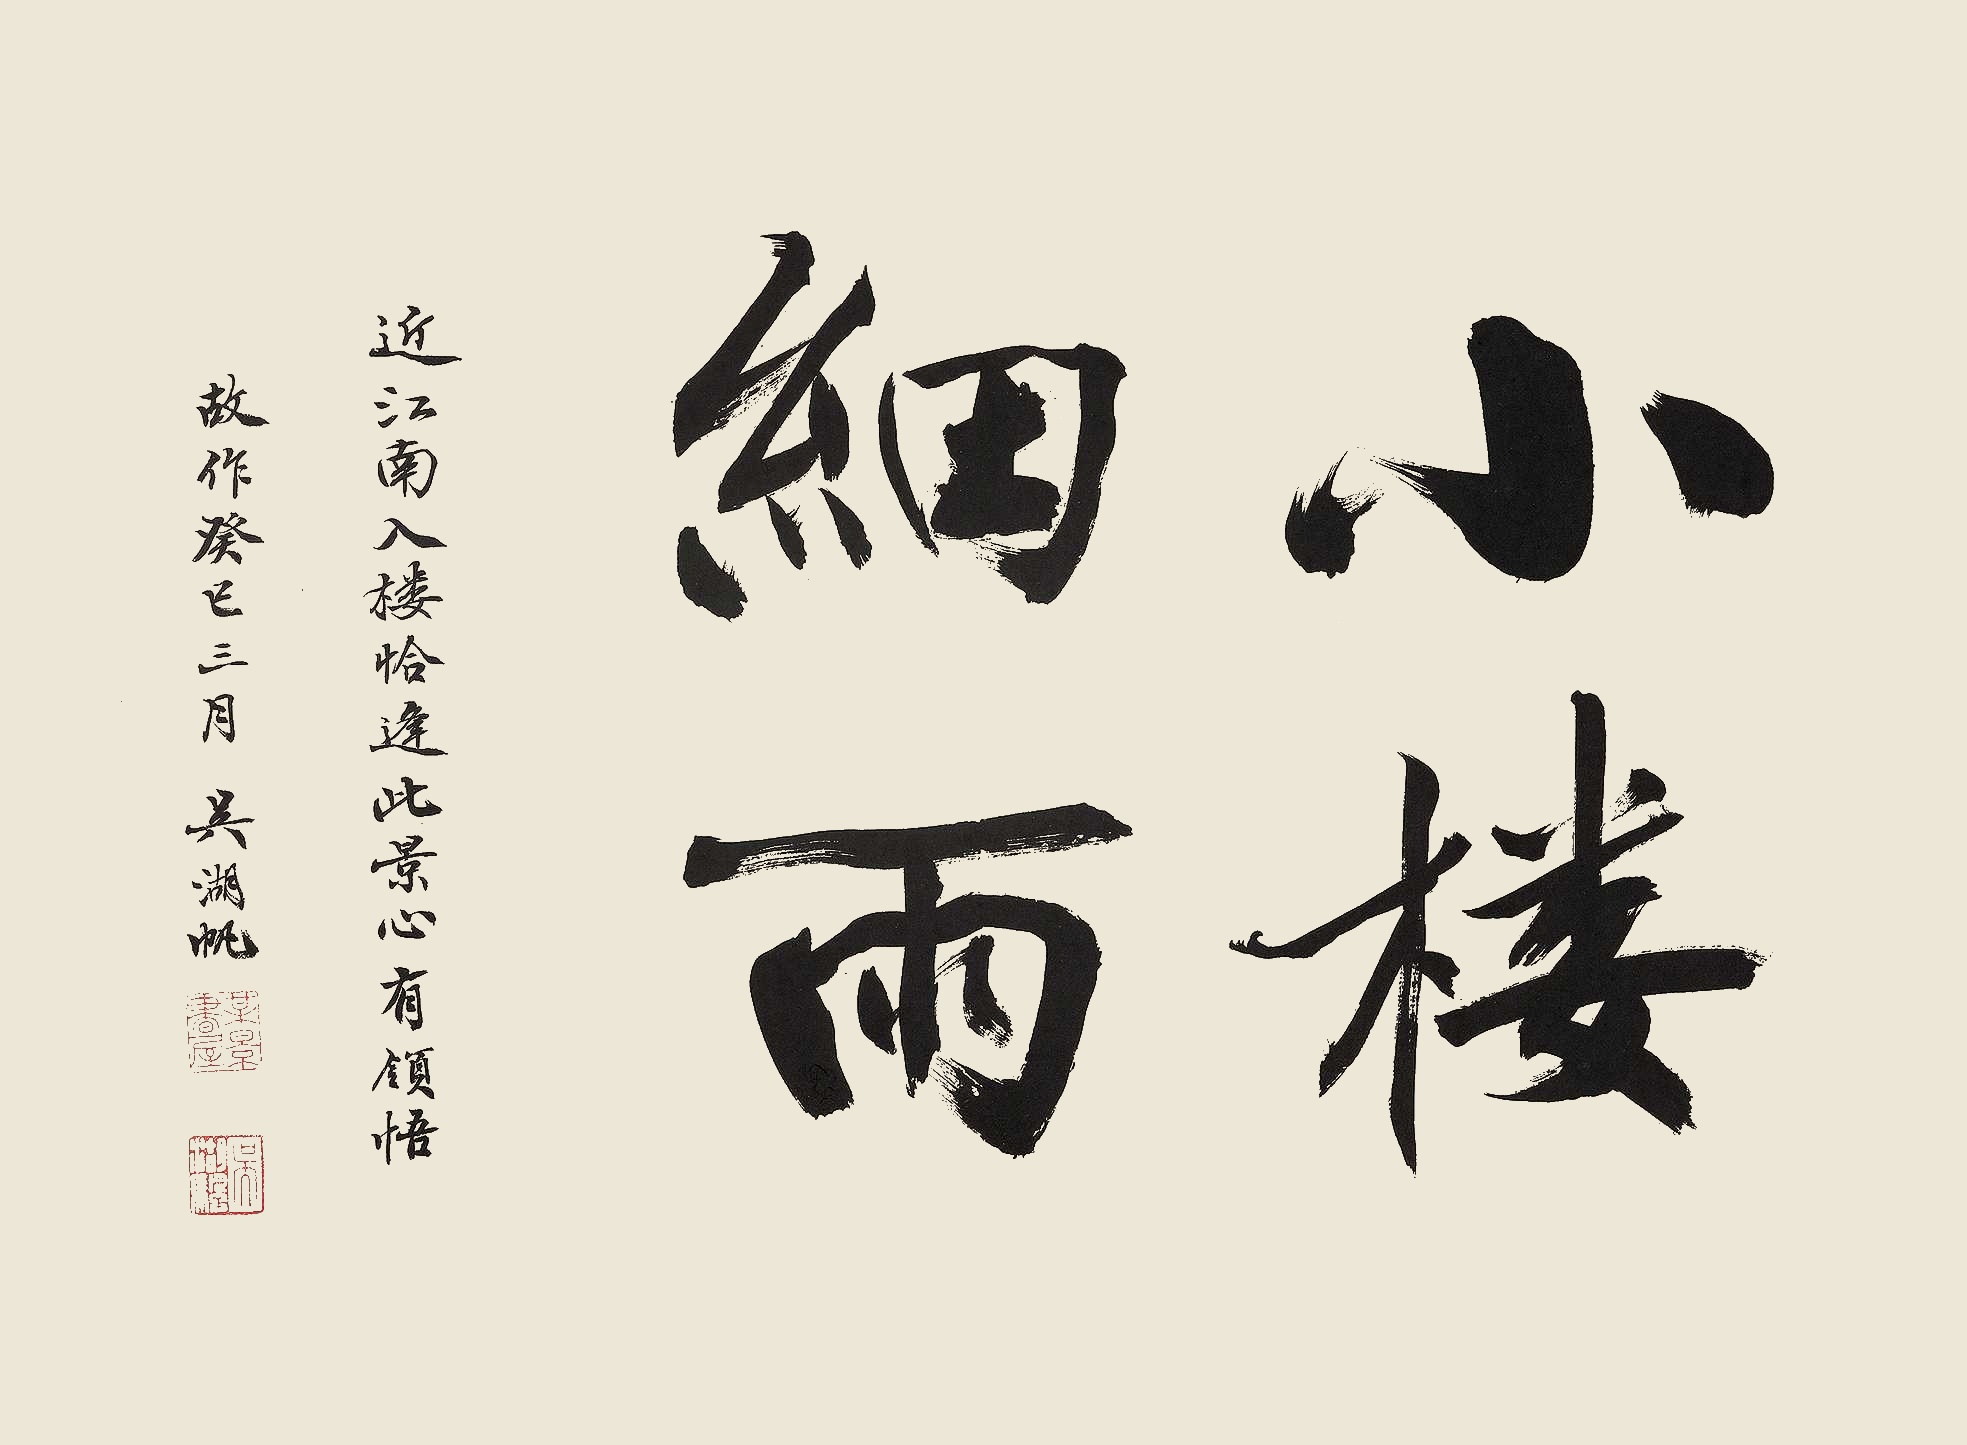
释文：小楼细雨。近江南入楼恰逢此景，心有领悟故作。癸巳三月，吴湖帆。